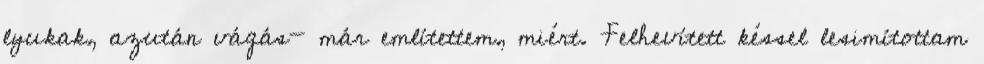
lyukak, azután vágás- már említettem, miért. Felhevített késsel lesimítottam